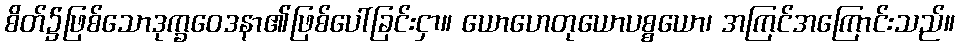
စိတ်၌ဖြစ်သောဒုက္ခဝေဒနာ၏ဖြစ်ပေါ်ခြင်းငှာ။ ယောဟေတုယောပစ္စယော၊ အကြင်အကြောင်းသည်။